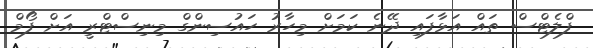
ފްލެޓްސް ތައް އަޅާފައި ދޭނެ ކަމަށް މިހާރު ހައުސިންގް މިނިސްޓްރީ އަށް ފޯމް